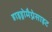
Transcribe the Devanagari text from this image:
हाइड्रोमैग्नेसाइट